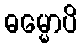
ဓမ္မောပိ